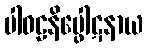
ပါဝဠနိပ္ဖေါဋနာယ